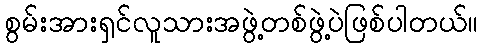
စွမ်းအားရှင်လူသားအဖွဲ့တစ်ဖွဲ့ပဲဖြစ်ပါတယ်။